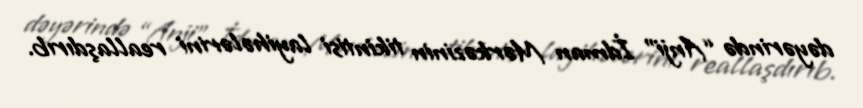
dəyərində “Anji” İdman Mərkəzinin tikintisi layihələrini reallaşdırıb.